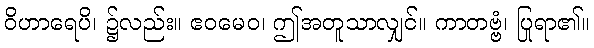
ဝိဟာရေပိ၊ ၌လည်း။ ဧဝမေဝ၊ ဤအတူသာလျှင်။ ကာတဗ္ဗံ၊ ပြုရာ၏။